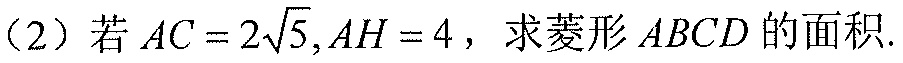
（2）若$AC = 2\sqrt{5},AH = 4$，求菱形$ABCD$的面积.